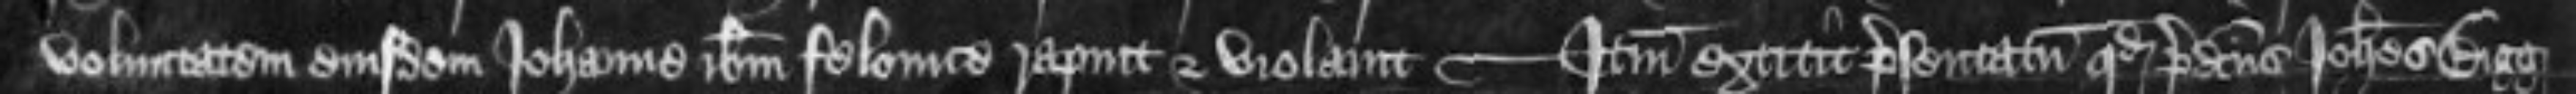
voluntatem eiusdem Johanne ibidem felonice rapuit et violavit -- Item extitit presentatum quod predictus Johannes Bigg